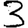
Digit: 3